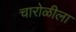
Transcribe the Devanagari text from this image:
चारोळीला